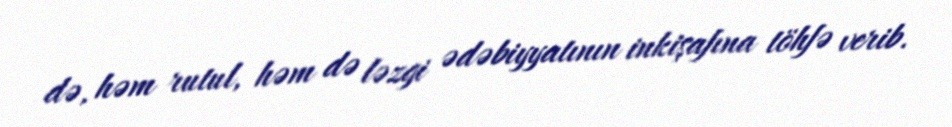
də, həm rutul, həm də ləzgi ədəbiyyatının inkişafına töhfə verib.